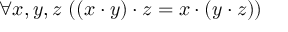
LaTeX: \forall x , y , z \ ( ( x \cdot y ) \cdot z = x \cdot ( y \cdot z ) )